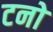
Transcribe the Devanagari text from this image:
टनो